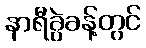
နာရီခွဲခန့်တွင်